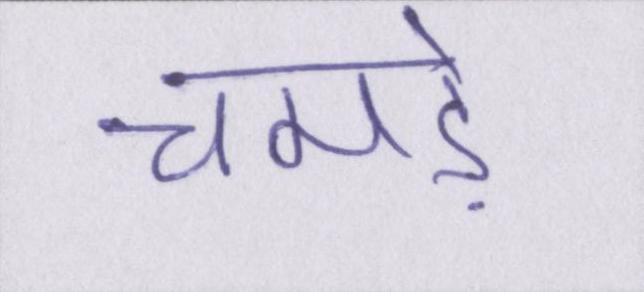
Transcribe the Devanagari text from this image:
चमड़े